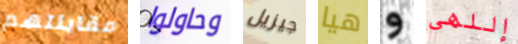
مقابلتهم وحاولوا جيزيل هيا و إللهي